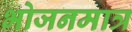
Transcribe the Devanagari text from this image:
भोजनमात्र